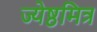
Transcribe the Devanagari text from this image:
ज्येष्ठमित्र